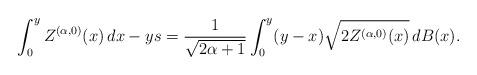
LaTeX: \begin{align*} \int_0^y Z^{(\alpha,0)}(x)\,dx-ys=\frac{1}{\sqrt{2\alpha+1}}\int_0^y(y-x)\sqrt{2Z^{(\alpha,0)}(x)}\,dB(x).\end{align*}